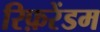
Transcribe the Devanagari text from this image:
रिफ़रेंडम